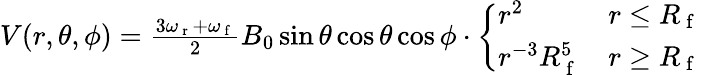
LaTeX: \begin{array}{r}{V(r,\theta,\phi)=\frac{3\omega_{\mathrm{~r~}}+\omega_{\mathrm{~f~}}}{2}B_{0}\sin\theta\cos\theta\cos\phi\cdot\left\{ \begin{array}{ll}{r^{2}}&{r\leq R_{\mathrm{~f~}}}\\ {r^{-3}R_{\mathrm{~f~}}^{5}}&{r\geq R_{\mathrm{~f~}}}\end{array}\right.}\end{array}